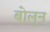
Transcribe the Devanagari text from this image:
बोलुन